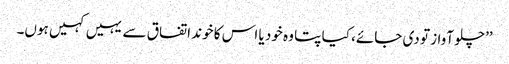
’’چلو آواز تو دی جائے، کیا پتا وہ خود یا اس کا خوند اتفاق سے یہیں کہیں ہوں۔